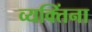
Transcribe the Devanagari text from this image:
व्यक्‍तिंना